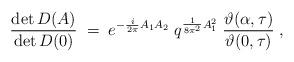
LaTeX: \begin{align*}\frac{\det D(A)}{\det D(0)} \;=\; e^{-\frac{i}{2 \pi} A_1 A_2}\;q^{\frac{1}{8 \pi^2}A_1^2} \; \frac{\vartheta(\alpha,\tau)}{\vartheta( 0 ,\tau)}\;,\end{align*}